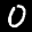
Label: 0